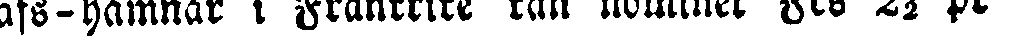
hafs-hamnar i Frankrike kan nominel Fes 2½ pr